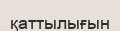
қаттылығын